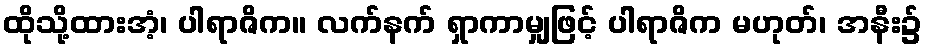
ထိုသို့ထားအံ့၊ ပါရာဇိက။ လက်နက် ရှာကာမျှဖြင့် ပါရာဇိက မဟုတ်၊ အနီး၌